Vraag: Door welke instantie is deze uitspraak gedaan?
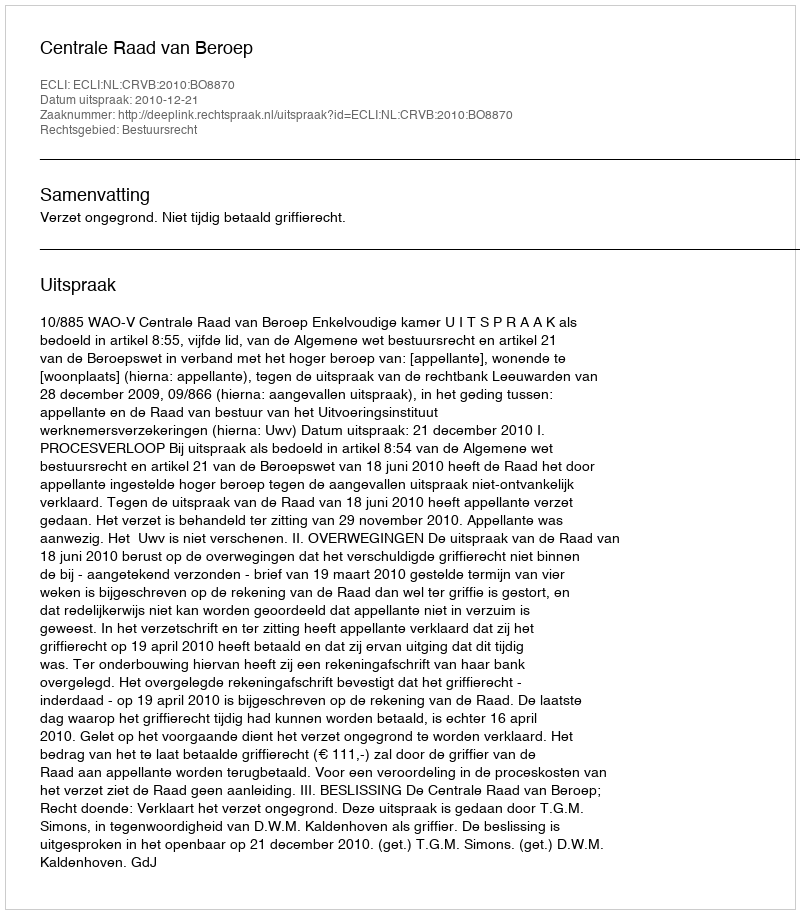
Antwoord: Centrale Raad van Beroep